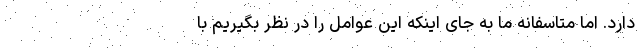
دارد. اما متاسفانه ما به جای اینکه این عوامل را در نظر بگیریم با